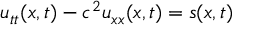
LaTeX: u _ { t t } ( x , t ) - c ^ { 2 } u _ { x x } ( x , t ) = s ( x , t )